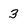
Character: 3